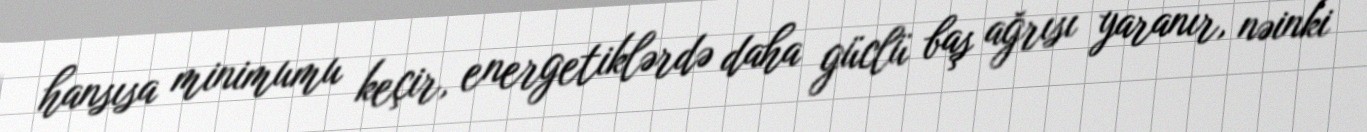
hansısa minimumu keçir, energetiklərdə daha güclü baş ağrısı yaranır, nəinki